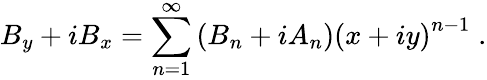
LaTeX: B_{y}+iB_{x}=\sum_{n=1}^{\infty}\left(B_{n}+iA_{n}\right)\left(x+iy\right)^{n-1}\; .